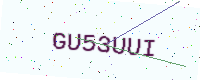
Text: GU53UUI